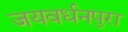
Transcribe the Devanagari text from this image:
जयवर्धनपुरा